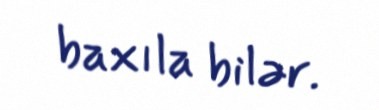
baxıla bilər.